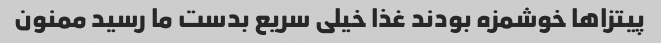
پیتزاها خوشمزه بودند غذا خیلی سریع بدست ما رسید ممنون